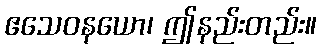
ဧသေဝနယော၊ ဤနည်းတည်း။